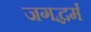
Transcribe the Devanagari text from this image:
जगद्धर्म